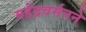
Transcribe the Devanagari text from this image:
महेंद्रवर्मनने